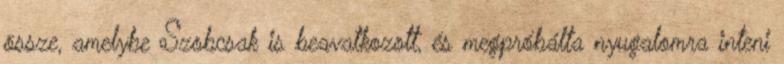
össze, amelybe Szobcsak is beavatkozott, és megpróbálta nyugalomra inteni